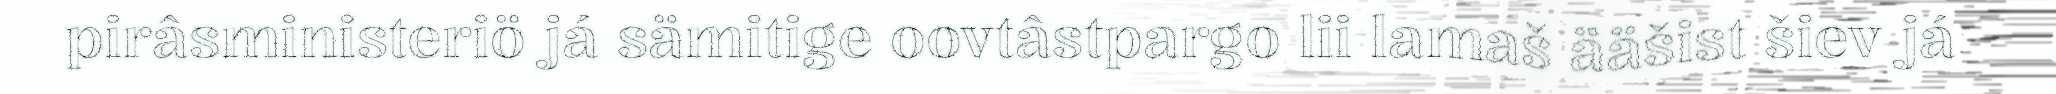
pirâsministeriö já sämitige oovtâstpargo lii lamaš ääšist šiev já